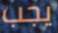
يجب